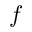
f